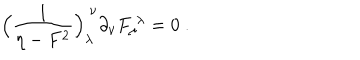
\Bigl ( { \frac { 1 } { \eta - F ^ { 2 } } } \Bigr ) _ { \lambda } ^ { \ \nu } \partial _ { \nu } F _ { \mu } ^ { \ \lambda } = 0 \ .